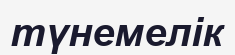
түнемелік